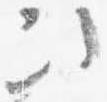
次